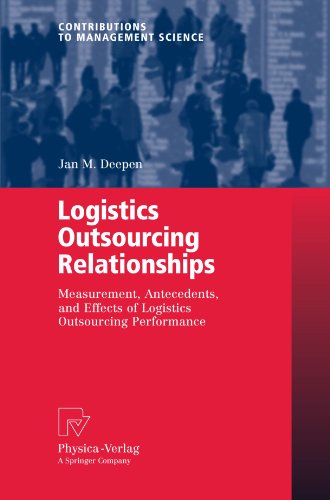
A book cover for Logistics Outsourcing Relationships: Measurement, Antecedents, and Effects of Logistics Outsourcing Performance (Contributions to Management Science); Jan M. Deepen; Business & Money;